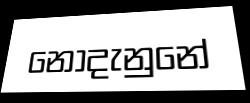
නොදැනුනේ